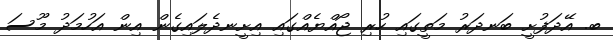
ބ. އޭދަފުށީ ބަނދަރު މަތީގައި ހުރި ޖޯއްޔެއްގައި އިށީނދެލައިގެން އިން އަހުމަދު މޫސަ